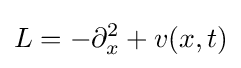
L=-\partial _{x}^{2}+v(x,t)